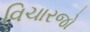
વિચારજો